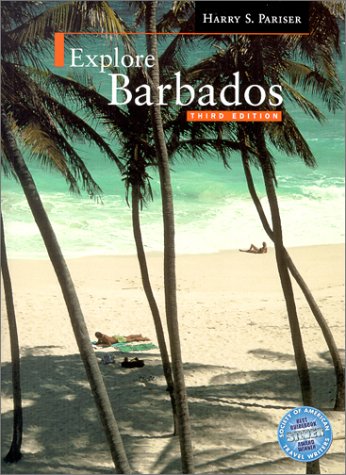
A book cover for Explore Barbados; Harry S. Pariser; Travel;